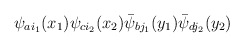
\begin{align*}\psi_{a i_1}(x_1)\psi_{c i_2}(x_2)\bar\psi_{b j_1}(y_1)\bar\psi_{d j_2}(y_2)\end{align*}